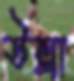
উল্লা